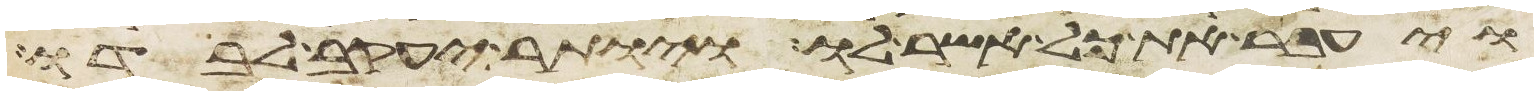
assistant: ויעבר את כל אשר לו ויותר יעקב לבדו